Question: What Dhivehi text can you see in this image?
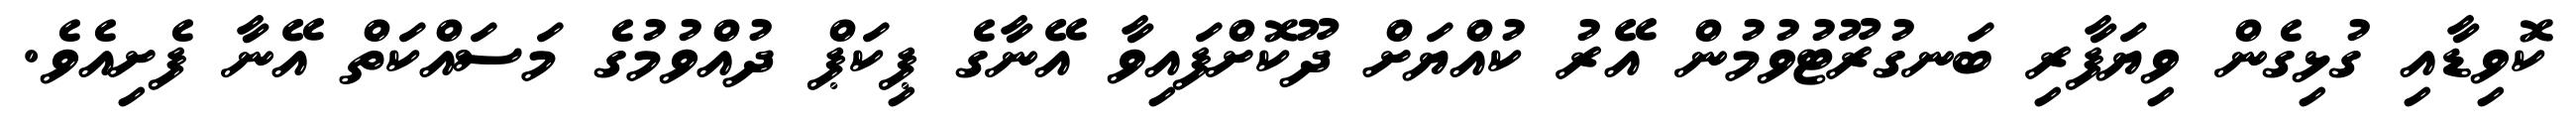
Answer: ކޮވިޑާއި ގުޅިގެން ވިޔަފާރި ބަނގުރޫޓުވުމުން އޭރު ކުއްޔަށް ދޫކޮށްފައިވާ އޭނާގެ ޕިކަޕް ދުއްވުމުގެ މަސައްކަތް އޭނާ ފެށިއެވެ.